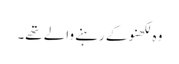
وہ لکھنو کے رہنے والے تھے۔